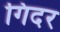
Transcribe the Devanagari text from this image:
गिदर